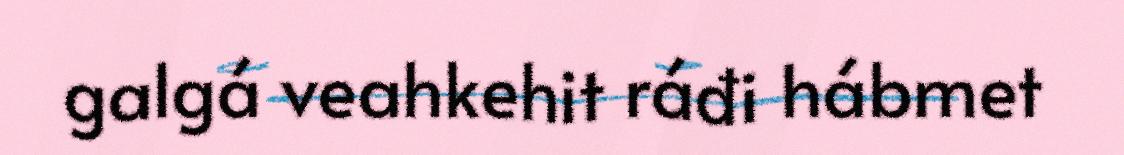
galgá veahkehit ráđi hábmet